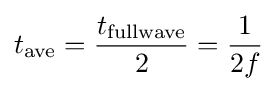
t_{\text{ave}}={\frac {t_{\text{fullwave}}}{2}}={\frac {1}{2f}}